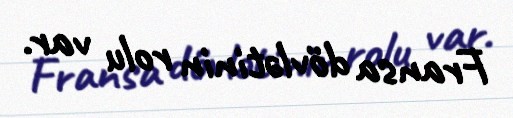
Fransa dövlətinin rolu var.